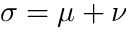
\sigma = \mu + \nu